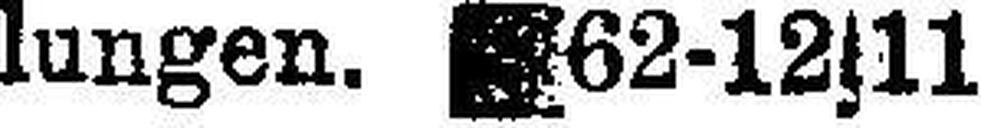
lungen. ###62-12s11